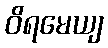
ဝိရမေယျ